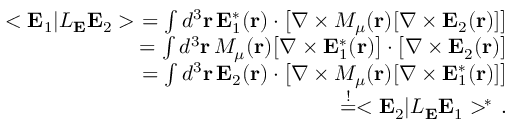
\begin{array} { r l r } & { } & { < { \bf E } _ { 1 } | { \cal L } _ { { \bf E } } { \bf E } _ { 2 } > \, \, = \int d ^ { 3 } { \bf r } \, { \bf E } _ { 1 } ^ { * } ( { \bf r } ) \cdot \big [ \nabla \times M _ { \mu } ( { \bf r } ) [ \nabla \times { \bf E } _ { 2 } ( { \bf r } ) ] \big ] } \\ & { } & { \quad = \int d ^ { 3 } { \bf r } \, M _ { \mu } ( { \bf r } ) \big [ \nabla \times { \bf E } _ { 1 } ^ { * } ( { \bf r } ) \big ] \cdot \big [ \nabla \times { \bf E } _ { 2 } ( { \bf r } ) \big ] } \\ & { } & { \quad = \int d ^ { 3 } { \bf r } \, { \bf E } _ { 2 } ( { \bf r } ) \cdot \big [ \nabla \times M _ { \mu } ( { \bf r } ) [ \nabla \times { \bf E } _ { 1 } ^ { * } ( { \bf r } ) ] \big ] } \\ & { } & { \quad \stackrel { ! } { = } < { \bf E } _ { 2 } | { \cal L } _ { { \bf E } } { \bf E } _ { 1 } > ^ { \! * } \, . } \end{array}